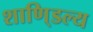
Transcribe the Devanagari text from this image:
शाणि्डल्य